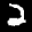
Label: 2